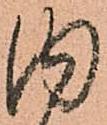
内